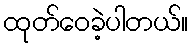
ထုတ်ဝေခဲ့ပါတယ်။